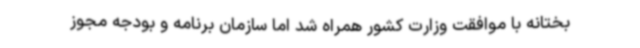
بختانه با موافقت وزارت کشور همراه شد اما سازمان برنامه و بودجه مجوز